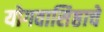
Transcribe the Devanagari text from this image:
योगवासिष्ठाचे